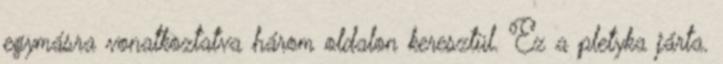
egymásra vonatkoztatva három oldalon keresztül. Ez a pletyka járta.